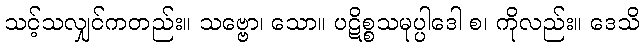
သင့်သလျှင်ကတည်း။ သဗ္ဗော၊ သော။ ပဋိစ္စသမုပ္ပါဒေါ စ၊ ကိုလည်း။ ဒေသိ